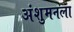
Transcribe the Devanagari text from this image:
अंशुमनला